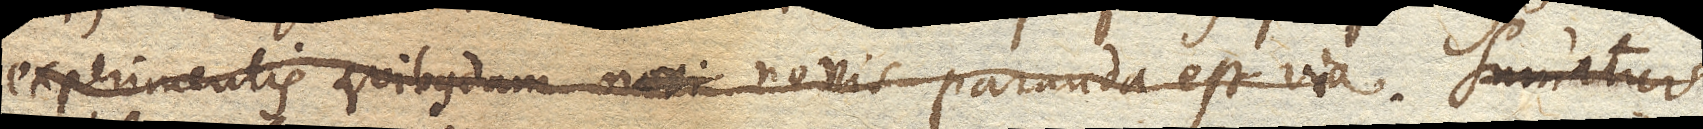
experimentis quibusdam novis paranda est via. Sumatur